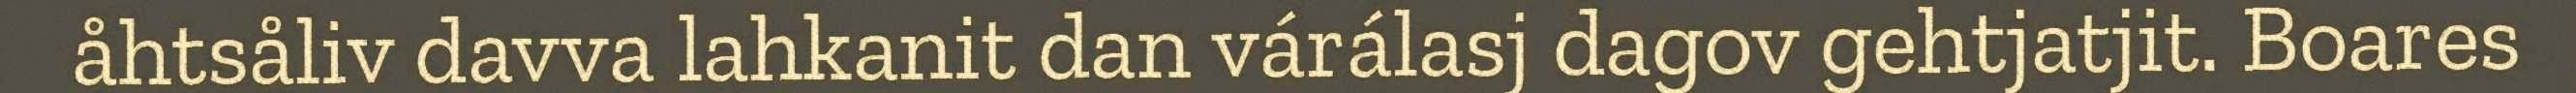
åhtsåliv davva lahkanit dan várálasj dagov gehtjatjit. Boares